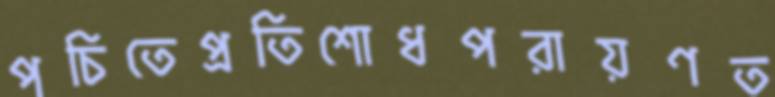
পচিতেপ্রতিশোধপরায়ণত